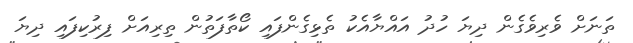
ތަނަށް ވެރިވެގެން ދިޔަ ހުދު އައްޔާއެކު ތެޅިގެންފައި ކޯތާފަތުން ތިރިއަށް ފިރުކިފައި ދިޔަ